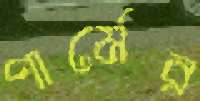
পার্মের